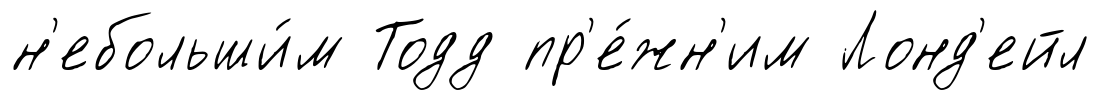
н'ебольши́м Тодд пр'е́жн'им Лонд'ейл